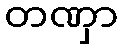
တဏှာ